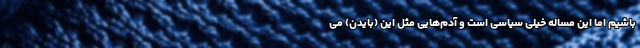
باشیم اما این مساله خیلی سیاسی است و آدم‌هایی مثل این (بایدن) می‌